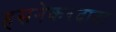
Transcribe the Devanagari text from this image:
हसनेकरदादा